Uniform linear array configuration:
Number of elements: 4
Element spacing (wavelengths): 1
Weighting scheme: blackman
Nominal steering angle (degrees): -60
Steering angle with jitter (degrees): -59.491
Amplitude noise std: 0.05
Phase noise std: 0.05

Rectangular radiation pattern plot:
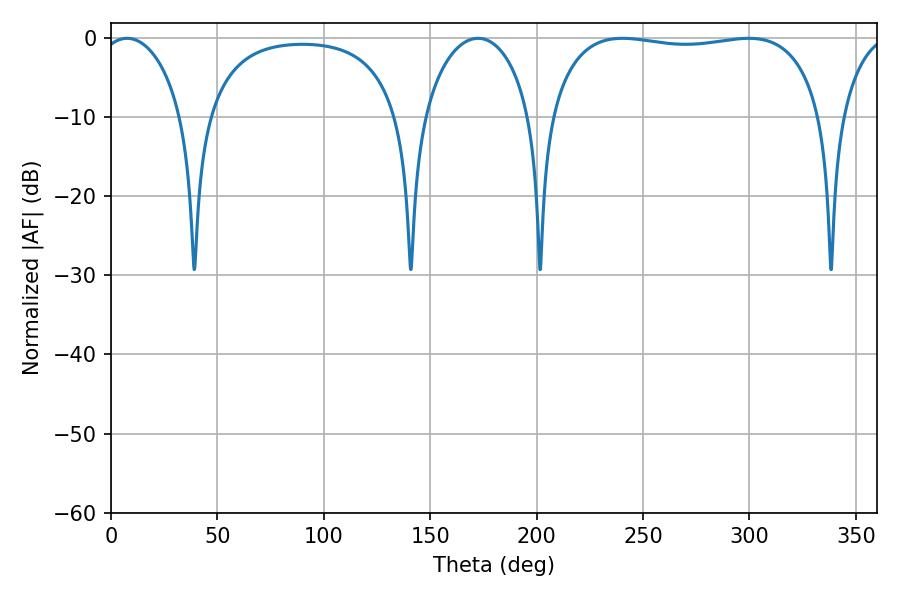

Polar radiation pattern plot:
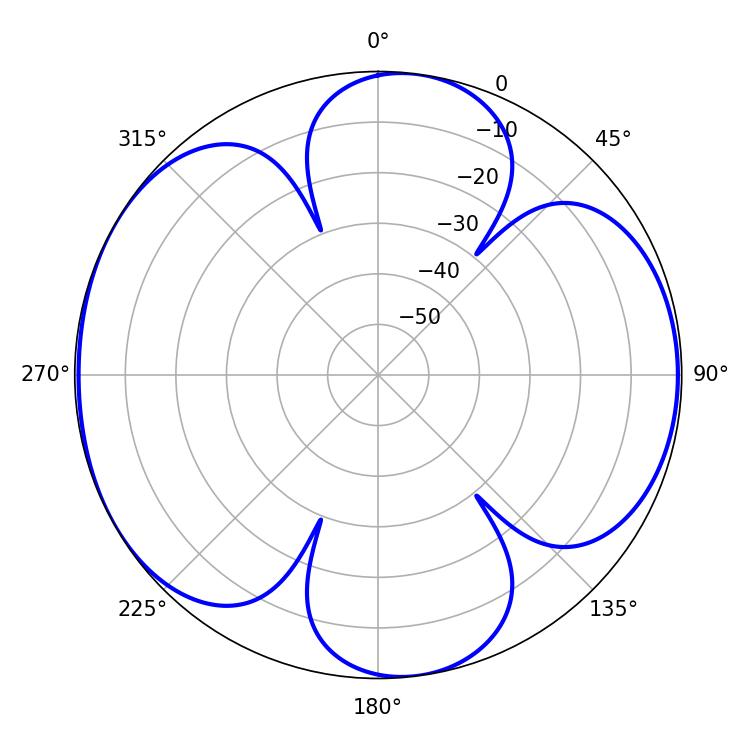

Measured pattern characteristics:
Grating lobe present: TRUE
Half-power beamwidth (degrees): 103.32
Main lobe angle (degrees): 240.3